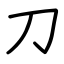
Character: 刀